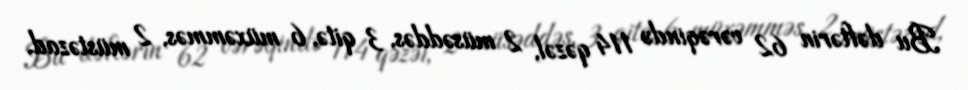
Bu dəftərin 62 vərəqində 114 qəzəl, 2 müsəddəs, 3 qitə, 6 müxəmməs, 2 müstəzad,